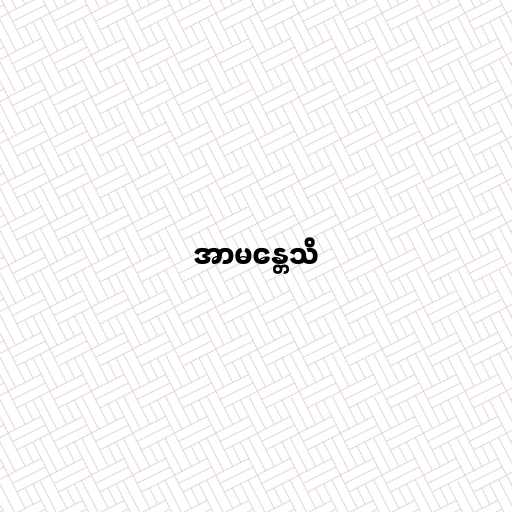
အာမန္တေသိ